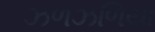
ઝળઝળિયા